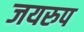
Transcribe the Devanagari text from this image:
जयरुप